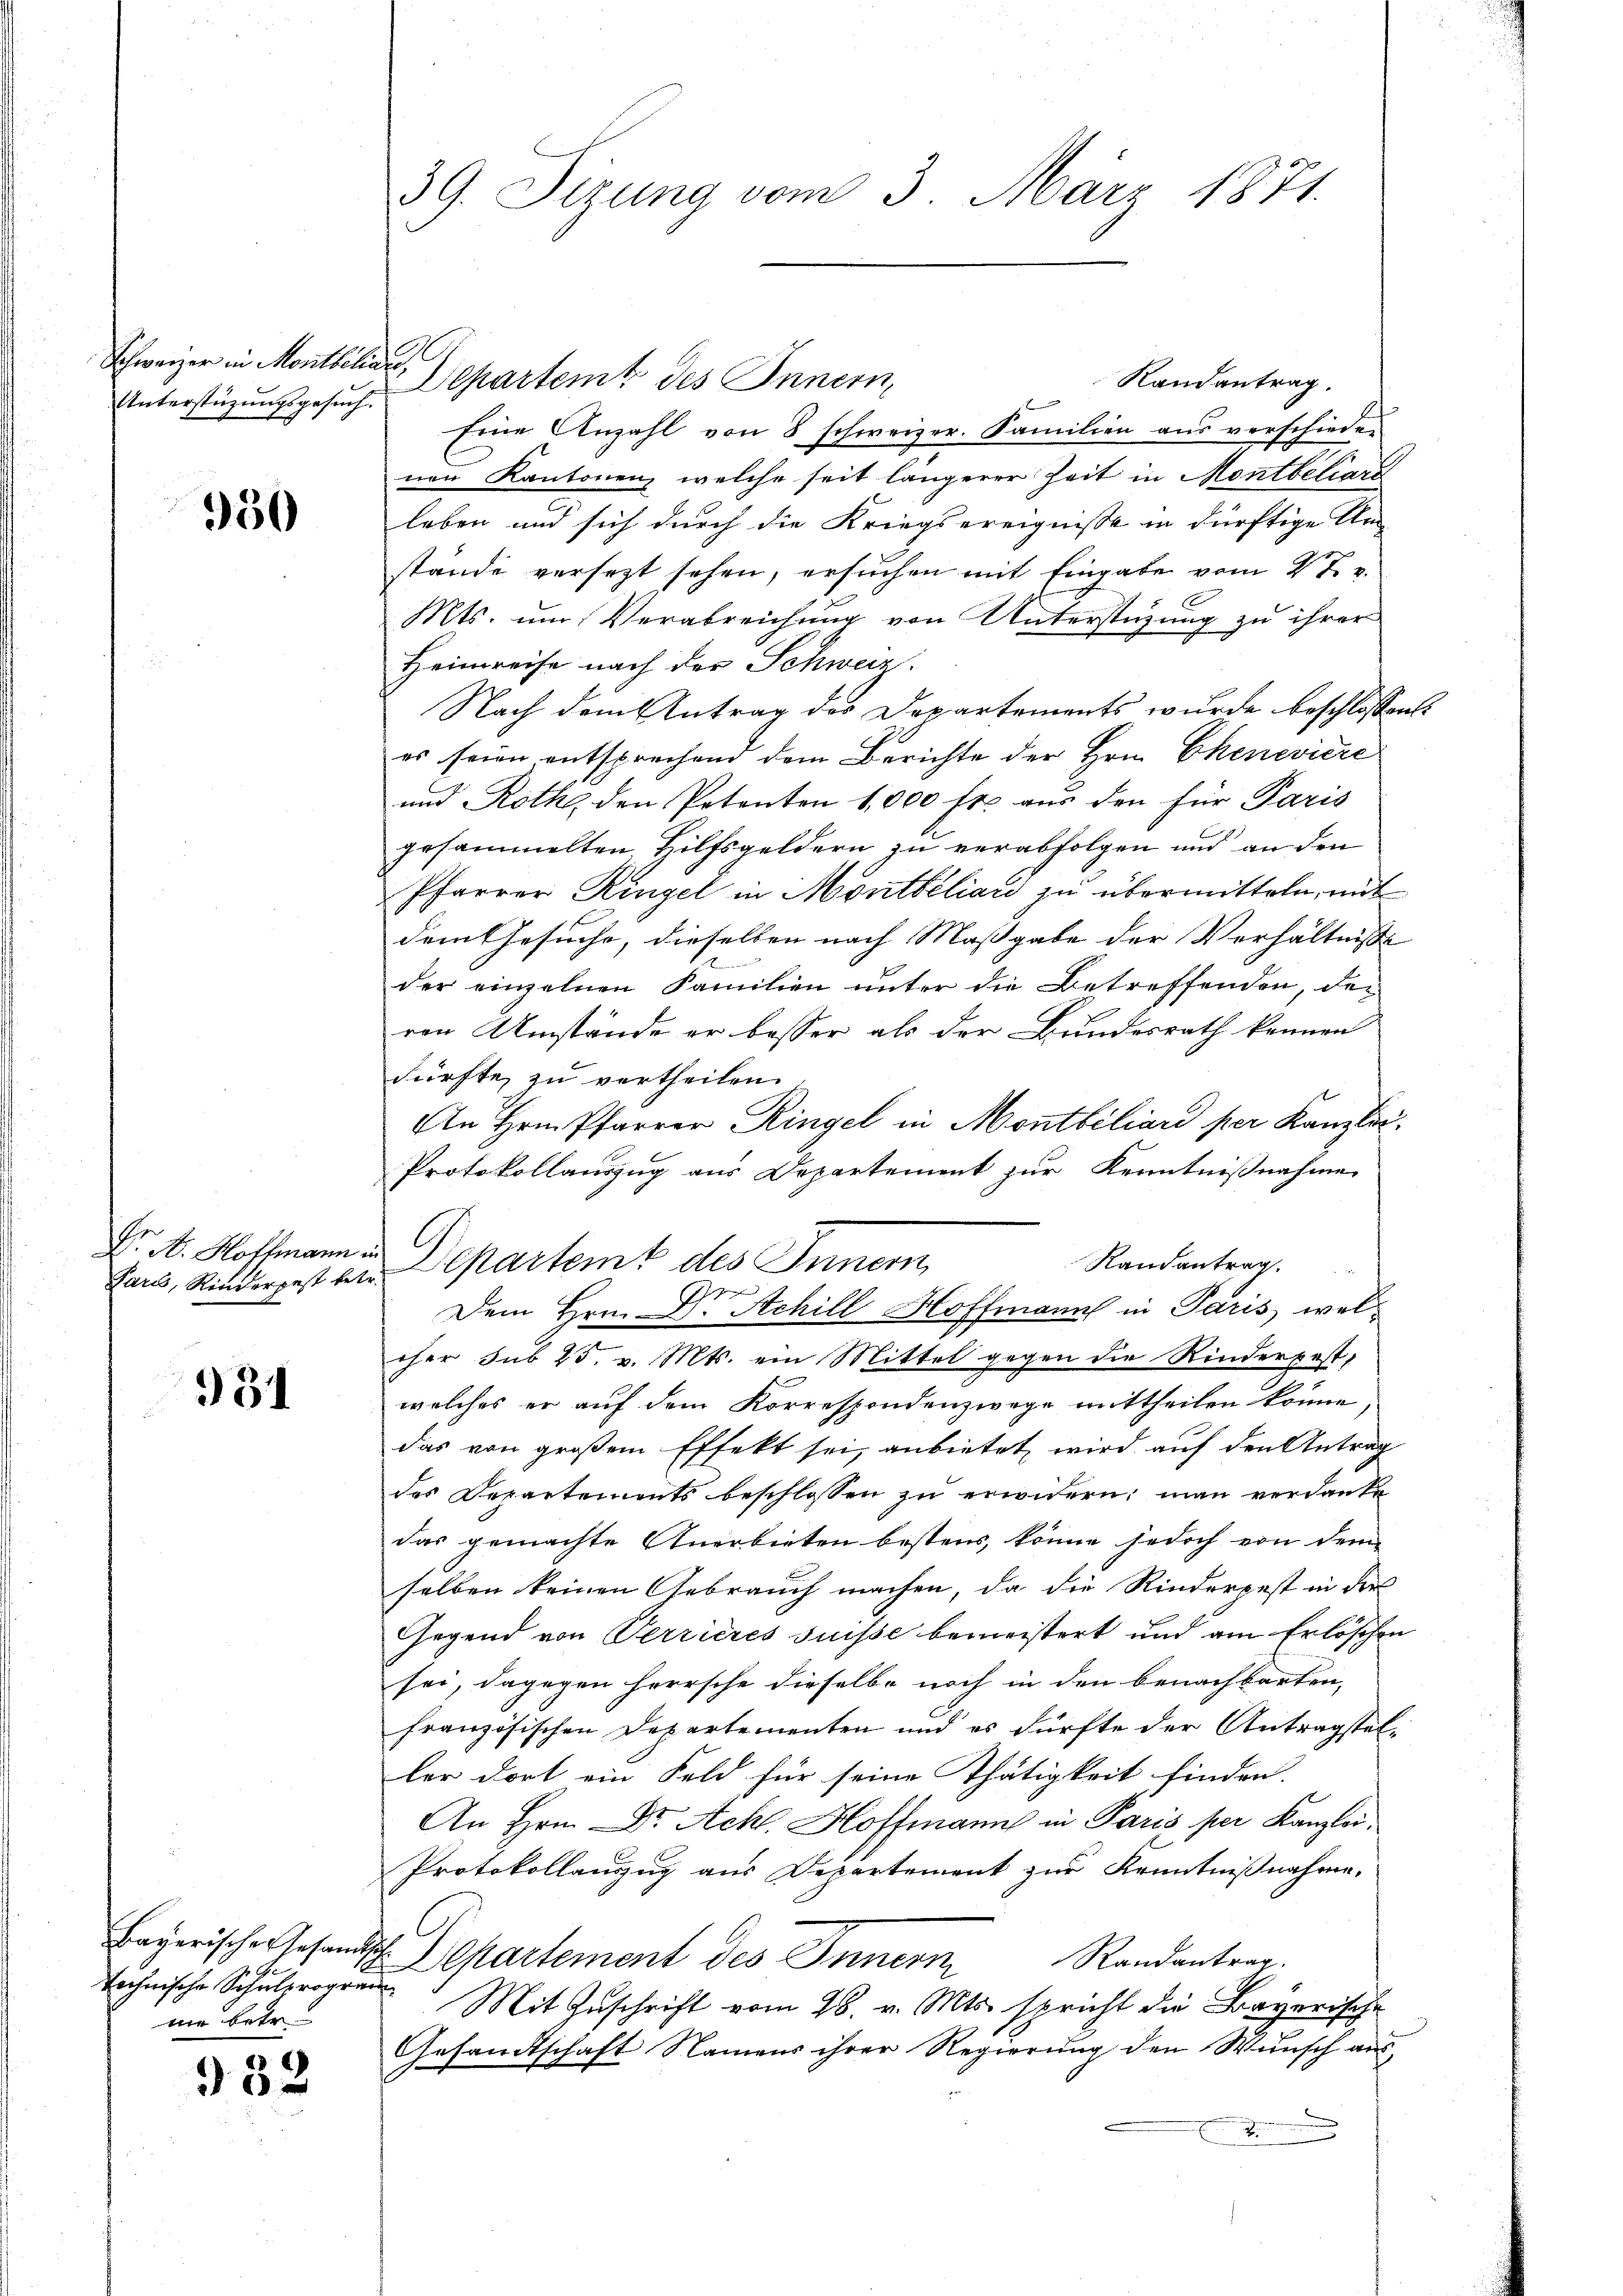
Schweizer in Montheiligen,
Unterstüzungsgesuch.

950

Paris, Rinderpest bet

931

technische Schulerogram
 betr

382

39. Sizung vom 3. März 1871.

h
Departemt des Innern,
Randantrag.
Eine Anzahl von 8 schweizer. Familien aus verschieden
nen Kantonen, welche seit längerer Zeit in Montbeliars
leben und sich durch die Kriegsereignisse in dürftige An
stände versetzt sehen, ersuchen mit Eingabe vom 22.
Mts. um Verabreichung von Unterstüzung zu ihrer
Heimreise nach der Schweiz.
Nach dem Antrag des Departements wurde beschlossen:
es sein entsprechend dem Berichte der Hrn. Chenevière
und Rothe den Petenten 1,000 Fr. aus den für Paris
gesammelten Hilfsgeldern zu verabfolgen und an den
Pfarrer Ringel in Montbélian zu übermitteln, mit
dem Gesuche, dieselben nach Maßgabe der Verhältnisse
der einzelnen Familien unter die Betreffenden, der
ren Umstände er besser als der Bundesrath kennen
dürfte, zu vertheilen.
An Hrn. Pfarrer Ringel in Montbiliare per Kanzlei.
Protokollauszug aus Departement zur Kenntnißnahmen
G
F. A. Hoffmann in Departeme des Innern,
Randantrag
.
Dem Hrn. Dr. Achill Hoffmann in Paris weleher sub 25. v. Mts. ein Mittel gegen die Rinderpest,
welches er auf dem Korrespondenzwege mittheilen könne,
das von großem Effekt sei, anbietet wird auf den Antrag
des Departements beschlossen zu erwidern, man verdanke
das gemachte Anerbieten bestens, könne jedoch von dem
selben keinen Gebrauch machen, da die Rinderpest in der
Gegend von Terrieres suisse bemeistert und am Erlöschen
sei, dagegen herrsche dieselbe noch in den benachbarten,
französischen Departementen und es dürfte der Antragsteller dort ein Feld für seine Thätigkeit finden.
An Hrn. Dr. Achl. Hoffmann in Paris per Kanzlei¬
Protokollanzug aus Departement zur Kenntnißnahme.
Bayerischer Gesandtsch. Departement des Innern
Randantrag.
Mit Geschrift vom 26. v. Mts. spricht die Bayerische
Gesandtschaft Namens ihrer Regierung den Wunsch aus
¬
d
.